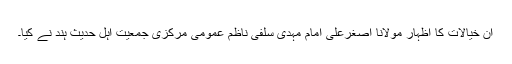
ان خیالات کا اظہار مولانا اصغرعلی امام مہدی سلفی ناظم عمومی مرکزی جمعیت اہل حدیث ہند نے کیا۔